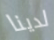
لدينا